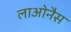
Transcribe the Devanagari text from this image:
लाओनैस